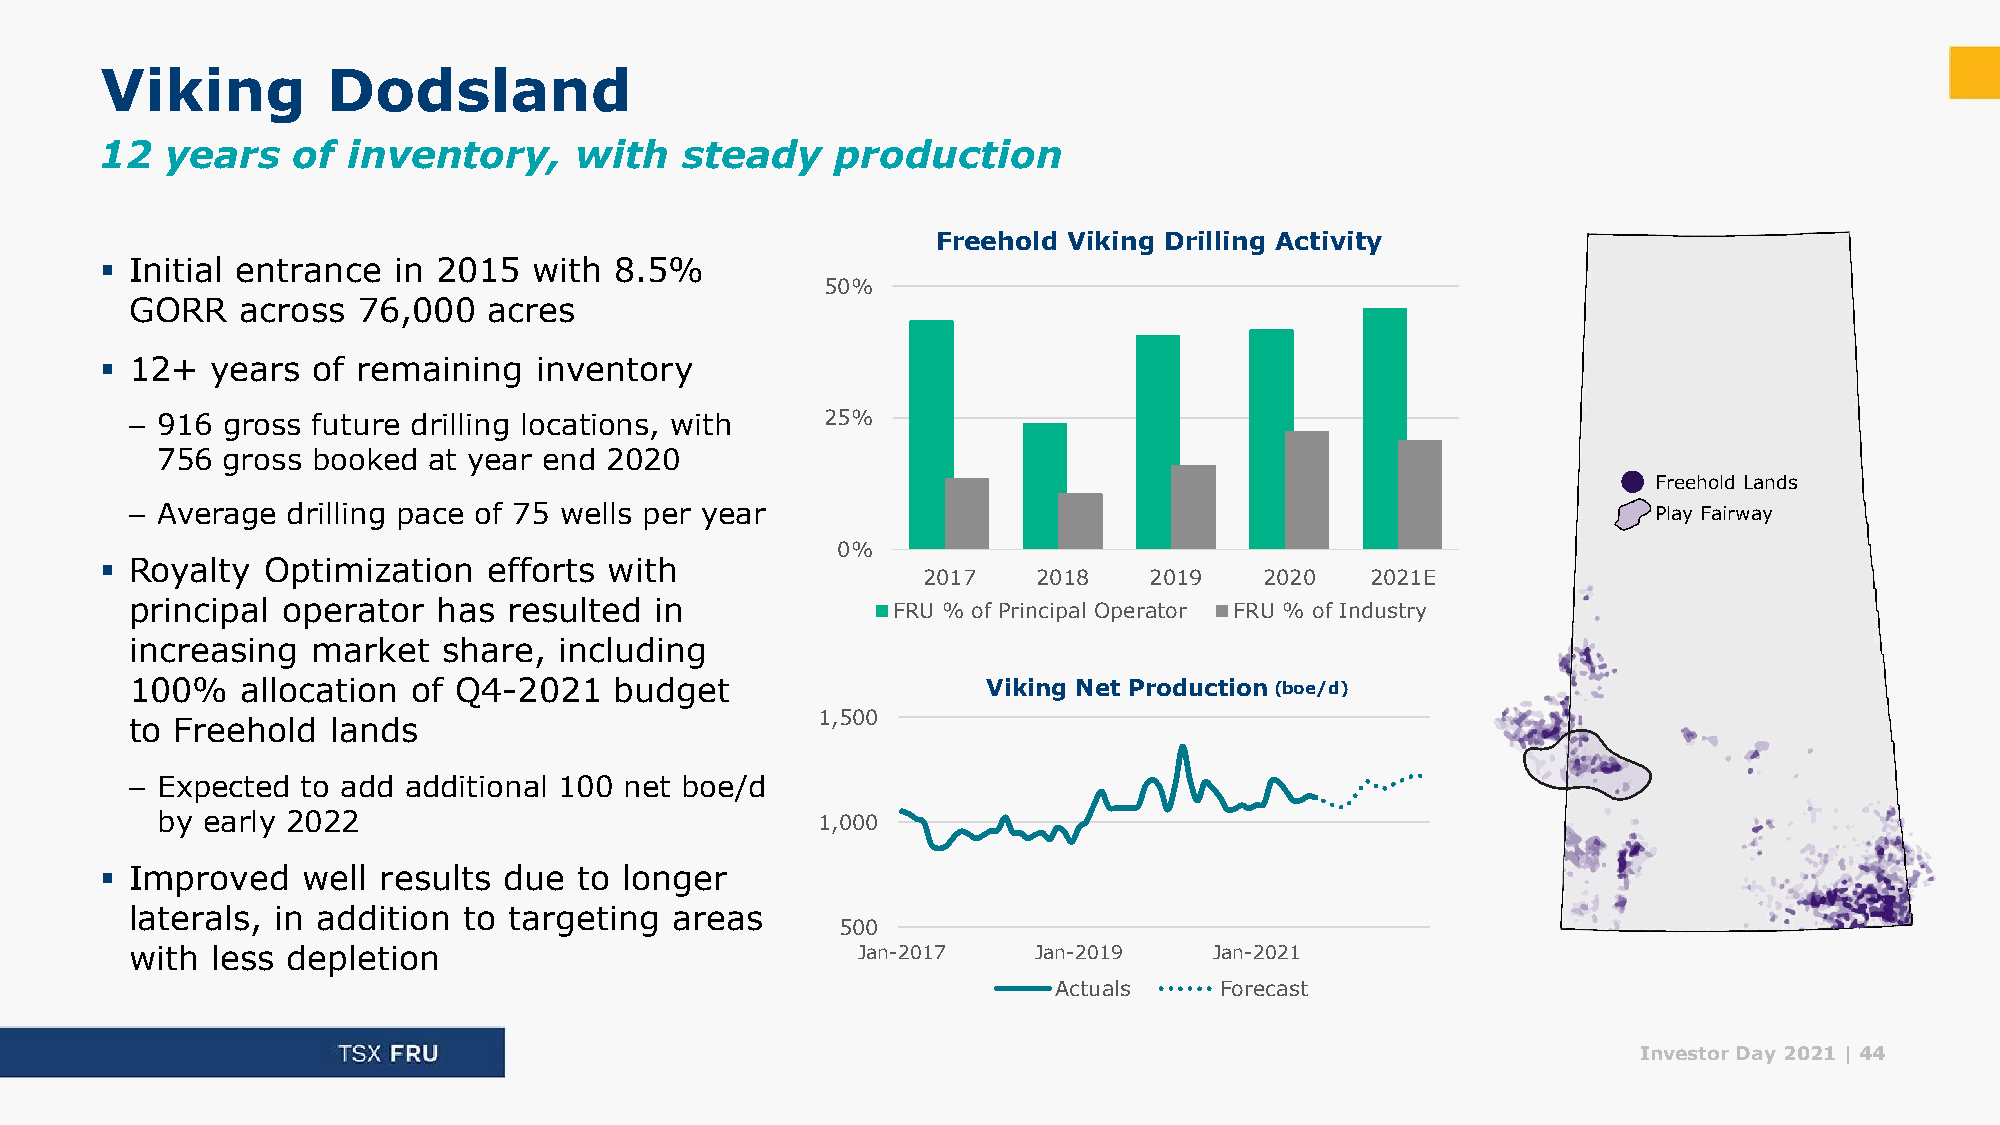
Viking         Dodsland
 12  years   of  inventory,     with   steady    production
 Freehold Viking Drilling Activity
 ▪ Initial entrance in 2015  with  8.5%
 50%
 GORR   across  76,000  acres
 ▪ 12+  years  of remaining  inventory
 – 916 gross future drilling locations, with   25%
 756  gross booked at year end 2020
 Freehold Lands
 – Average drilling pace of 75 wells per year                                                         Play Fairway
 0%
 ▪ Royalty Optimization   efforts with
 2017    2018   2019    2020   2021E
 principal operator  has  resulted in              FRU % of Principal Operator FRU % of Industry
 increasing  market  share,  including
 100%   allocation of Q4-2021    budget                  Viking Net Production(boe/d)
 1,500
 to Freehold  lands
 – Expected to add additional 100 net boe/d
 by early 2022                               1,000
 ▪ Improved   well results due  to longer
 laterals, in addition to targeting areas
 500
 with less depletion                             Jan-2017    Jan-2019   Jan-2021
 Actuals    Forecast
 Investor Day 2021 |44